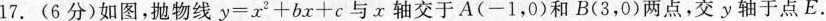
17.(6分)如图，抛物线$$y=x^{2}+bx+c$$与x轴交于A(-1，0)和B(3，0)两点，交y轴于点E.